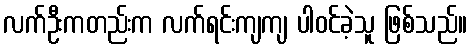
လက်ဦးကတည်းက လက်ရင်းကျကျ ပါဝင်ခဲ့သူ ဖြစ်သည်။